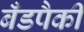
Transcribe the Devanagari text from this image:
बँडपैकी